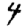
Digit: 4